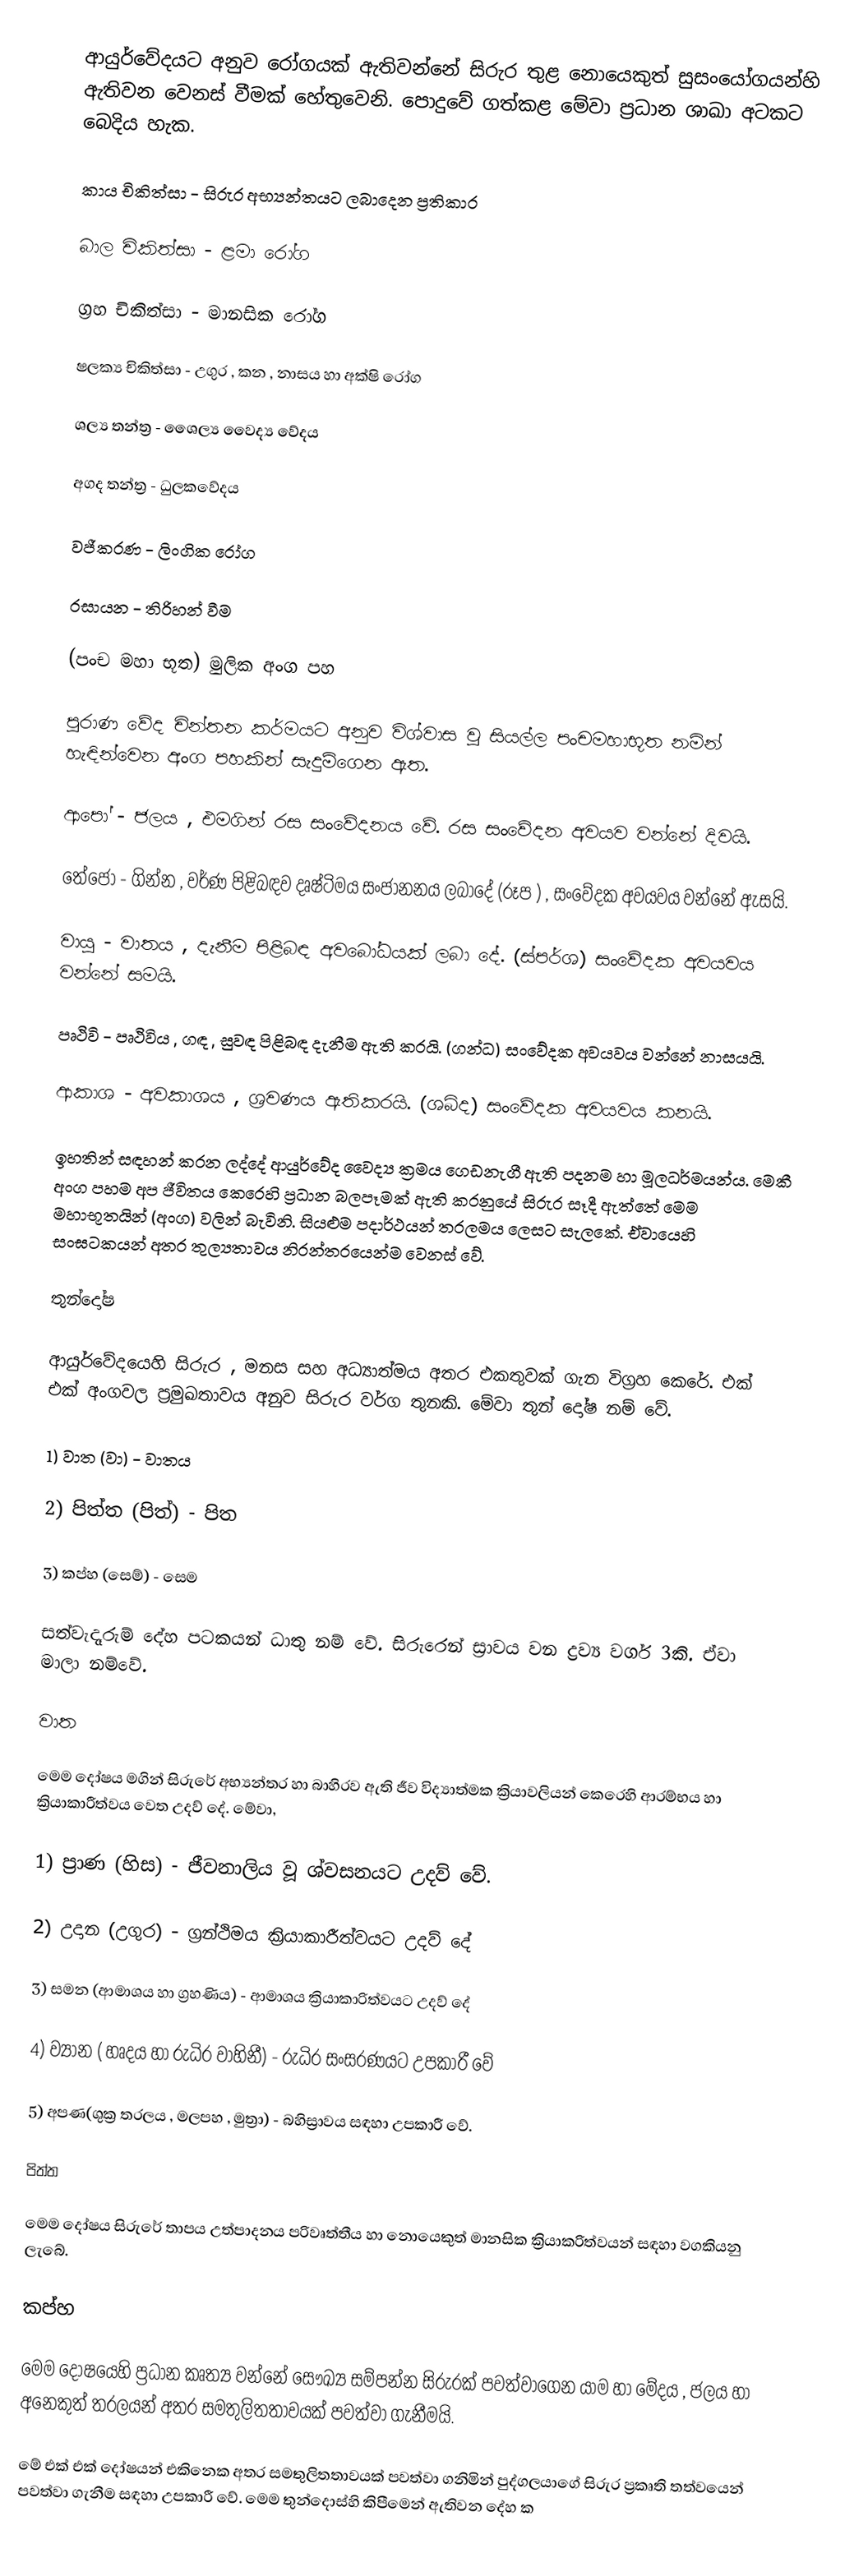
ආයුර්වේදයට අනුව රෝගයක් ඇතිවන්නේ සිරුර තුළ නොයෙකුත් සුසංයෝගයන්හි  ඇතිවන වෙනස් වීමක් හේතුවෙනි. පොදුවේ ගත්කළ මේවා ප්‍රධාන ශාඛා අටකට බෙදිය හැක.

කාය චිකිත්සා	-	සිරුර  අභ්‍යන්තයට ලබාදෙන ප්‍රතිකාර

බාල චිකිත්සා		-	ළමා රෝග

ග්‍රහ චිකිත්සා		-	මානසික රෝග

ෂලක්‍ය චිකිත්සා	-	උගුර , කන ,  නාසය හා අක්ෂි රෝග

ශල්‍ය තන්ත්‍ර 		-	ශෛල්‍ය වෛද්‍ය වේදය

අගද තන්ත්‍ර		-	ධුලකවේදය

වජීකරණ		-	ලිංගික රෝග

රසායන		-	තිරිහන් වීම

(පංච මහා භූත)  මුලික අංග පහ

පුරාණ වේද චින්තන කර්මයට අනුව විශ්වාස වූ සියල්ල   පංචමහාභූත නමින් හැඳින්වෙන අංග පහකින් සැදුම්ගෙන ඇත.

ආපෝ	 -	ජලය ,  එමගින් රස සංවේදනය වේ. රස සංවේදන අවයව වන්නේ දිවයි.

තේජෝ     -	ගින්න ,  වර්ණ පිළිබඳව දෘෂ්ටිමය  සංජානනය ලබාදේ (රූප )  , සංවේදක අවයවය වන්නේ ඇසයි.

වායු      -	වාතය , දැනීම පිළිබඳ අවබෝධයක් ලබා දේ. (ස්පර්ශ)  සංවේදක අවයවය වන්නේ සමයි.

පෘථිවි     -	පෘථිවිය , ගඳ , සුවඳ පිළිබඳ දැනීම ඇති කරයි. (ගන්ධ) සංවේදක අවයවය වන්නේ නාසයයි.

ආකාශ	 -	අවකාශය ,  ශ්‍රවණය ඇතිකරයි. (ශබ්ද) සංවේදක අවයවය කනයි.

ඉහතින් සඳහන් කරන ලද්දේ ආයුර්වේද වෛද්‍ය ක්‍රමය ගෙඩනැගී ඇති පදනම හා මූලධර්මයන්ය. මෙකී අංග පහම අප ජීවිතය කෙරෙහි ප්‍රධාන බලපෑමක් ඇති කරනුයේ සිරුර  සෑදී ඇත්තේ  මෙම මහාභූතයින් (අංග) වලින් බැවිනි. සියළුම පදාර්ථයන් තරලමය ලෙසට සැලකේ. ඒවායෙහි සංඝටකයන් අතර තුල්‍යතාවය නිරන්තරයෙන්ම වෙනස් වේ.

තුන්දෝෂ

ආයුර්වේදයෙහි සිරුර , මනස සහ  අධ්‍යාත්මය අතර එකතුවක් ගැන විග්‍රහ කෙරේ. එක් එක් අංගවල ප්‍රමුඛතාවය අනුව සිරුර  වර්ග තුනකි. මේවා තුන් දෝෂ නම් වේ.

1)	වාත (වා)	        - 	වාතය

2)	පිත්ත  (පිත්)	-	පිත

3)	කප්හ  (සෙම්)	-	සෙම

සත්වැදෑරුම්  දේහ පටකයන් ධාතු නම් වේ. සිරුරෙන් ස්‍රාවය වන ද්‍රව්‍ය වර්ග 3කි. ඒවා මාලා නම්වේ.

වාත

මෙම දෝෂය මගින් සිරුරේ අභ්‍යන්තර හා බාහිරව ඇති ජීව විද්‍යාත්මක ක්‍රියාවලියන් කෙරෙහි ආරම්භය හා ක්‍රියාකාරීත්වය වෙත උදව් දේ.  මේවා,

1)	ප්‍රාණ (හිස)	                - 	ජීවනාලිය වූ ශ්වසනයට උදව් වේ.

2)	උදාන (උගුර) 	        -	ග්‍රන්ථිමය ක්‍රියාකාරීත්වයට උදව් දේ

3)	සමන (ආමාශය හා ග්‍රහණිය)	-	ආමාශය ක්‍රියාකාරිත්වයට උදව් දේ

4)	ව්‍යාන ( හෘදය හා රුධිර වාහිනී)	-	රුධිර සංසරණයට උපකාරී වේ

5)	අපණ(ශුක්‍ර තරලය , මලපහ , මුත්‍රා)  -        බහිස්‍රාවය සඳහා උපකාරී වේ.

පිත්ත

මෙම දෝෂය සිරුරේ තාපය උත්පාදනය පරිවෘත්තීය හා නොයෙකුත් මානසික ක්‍රියාකරිත්වයන් සඳහා වගකියනු  ලැබේ.

කප්හ

මෙම දෝෂයෙහි ප්‍රධාන කෘත්‍ය වන්නේ සෞඛ්‍ය සම්පන්න සිරු‍රක් පවත්වාගෙන යාම හා මේදය , ජලය හා අනෙකුත් තරලයන් අතර සමතුලිතතාවයක් පවත්වා ගැනීමයි.

මේ එක් එක් දෝෂයන් එකිනෙක අතර සමතුලිතතාවයක් පවත්වා ගනිමින් පුද්ගලයාගේ සිරුර ප්‍රකෘති තත්වයෙන් පවත්වා  ගැනීම සඳහා උපකාරී වේ. මෙම තුන්දොස්හි කිපීමෙන් ඇතිවන දේහ ක